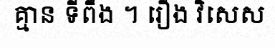
គ្មាន ទីពឹង ។ រឿង វិសេស